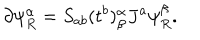
\partial \psi _ { R } ^ { \alpha } = S _ { a b } ( t ^ { b } ) _ { \beta } ^ { \alpha } J ^ { a } \psi _ { R } ^ { \beta } .